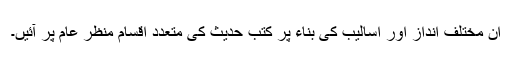
ان مختلف انداز اور اسالیب کی بناء پر کتب حدیث کی متعدد اقسام منظر عام پر آئیں۔